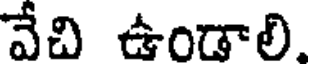
వేచి ఉండాలి.